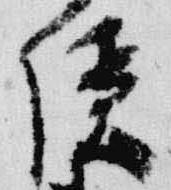
隠